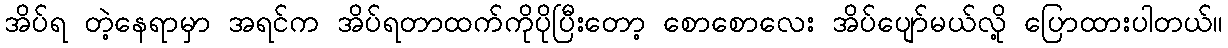
အိပ်ရ တဲ့နေရာမှာ အရင်က အိပ်ရတာထက်ကိုပိုပြီးတော့ စောစောလေး အိပ်ပျော်မယ်လို့ ပြောထားပါတယ်။